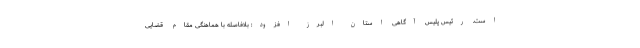
است. رئیس پلیس آگاهی استان البرز افزود: بلافاصله با هماهنگی مقام قضایی